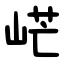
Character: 㟐